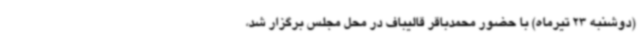
(دوشنبه 23 تیرماه) با حضور محمدباقر قالیباف در محل مجلس برگزار شد،